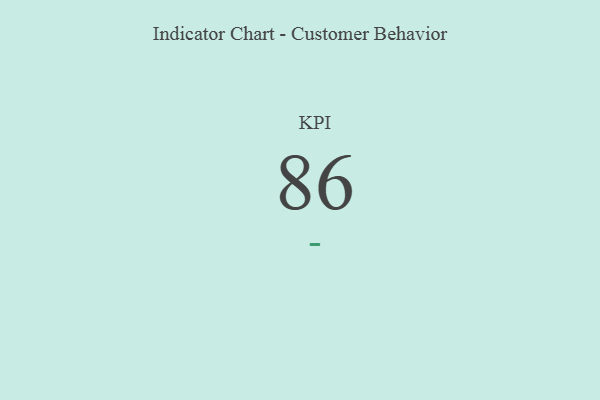
{"axis": {"x": "KPI", "y": "Value"}, "legend": [""], "data": [{"x": "KPI", "y": 86, "type": ""}]}